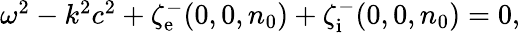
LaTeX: \begin{array}{r}{\omega^{2}-k^{2}c^{2}+\zeta_{\mathrm{e}}^{-}(0,0,n_{0})+\zeta_{\mathrm{i}}^{-}(0,0,n_{0})=0,}\end{array}